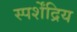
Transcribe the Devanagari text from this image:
स्पर्शेंद्रिय